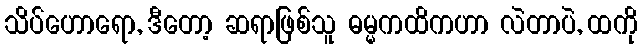
သိပ်ဟောရော, ဒီတော့ ဆရာဖြစ်သူ ဓမ္မကထိကဟာ လဲတာပဲ, ထကို